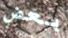
بعض